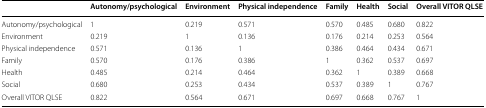
|  | Autonomy/psychological | Environment | Physical independence | Family | Health | Social | Overall VITOR QLSE |
 | --- | --- | --- | --- | --- | --- | --- | --- |
 | Autonomy/psychological | 1 | 0.219 | 0.571 | 0.570 | 0.485 | 0.680 | 0.822 |
 | Environment | 0.219 | 1 | 0.136 | 0.176 | 0.214 | 0.253 | 0.564 |
 | Physical independence | 0.571 | 0.136 | 1 | 0.386 | 0.464 | 0.434 | 0.671 |
 | Family | 0.570 | 0.176 | 0.386 | 1 | 0.362 | 0.537 | 0.697 |
 | Health | 0.485 | 0.214 | 0.464 | 0.362 | 1 | 0.389 | 0.668 |
 | Social | 0.680 | 0.253 | 0.434 | 0.537 | 0.389 | 1 | 0.767 |
 | Overall VITOR QLSE | 0.822 | 0.564 | 0.671 | 0.697 | 0.668 | 0.767 | 1 |